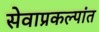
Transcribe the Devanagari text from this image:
सेवाप्रकल्पांत